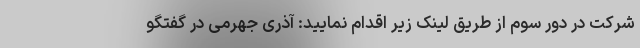
شرکت در دور سوم از طریق لینک زیر اقدام نمایید: آذری جهرمی در گفتگو